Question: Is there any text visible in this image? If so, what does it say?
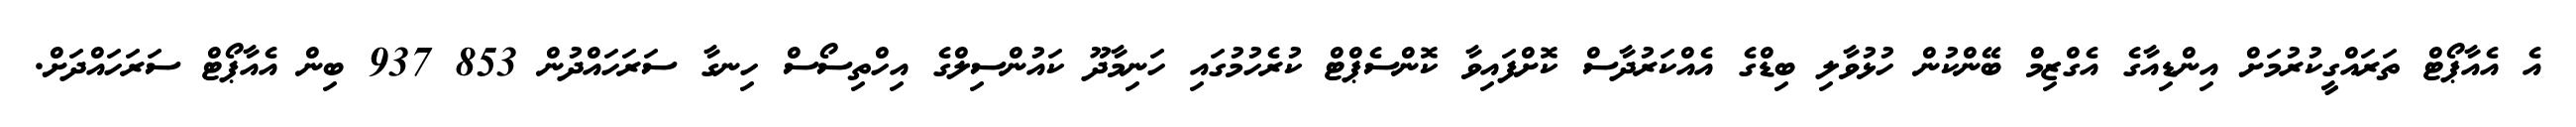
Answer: އެ އެއާޕޯޓް ތަރައްގީކުރުމަށް އިންޑިއާގެ އެގްޒިމް ބޭންކުން ހުޅުވާލި ބިޑްގެ އެއްކަރުދާސް ކޮށްފައިވާ ކޮންސެޕްޓް ކުރެހުމުގައި ހަނިމާދޫ ކައުންސިލްގެ އިހްތިސޯސް ހިނގާ ސަރަހައްދުން 853 937 ބިން އެއާޕޯޓް ސަރަހައްދަށް.